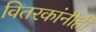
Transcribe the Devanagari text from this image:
वितरकांनीही